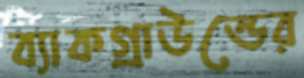
ব্যাকগ্রাউন্ডের